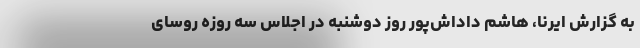
به گزارش ایرنا، هاشم داداش‌پور روز دوشنبه در اجلاس سه روزه روسای